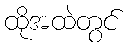
ထိုအထဲတွင်